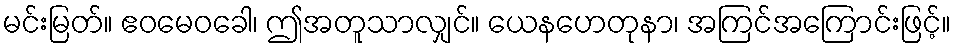
မင်းမြတ်။ ဧဝမေဝခေါ၊ ဤအတူသာလျှင်။ ယေနဟေတုနာ၊ အကြင်အကြောင်းဖြင့်။